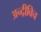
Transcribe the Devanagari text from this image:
अन्द्रीविच